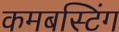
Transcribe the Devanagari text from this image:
कमबस्टिंग